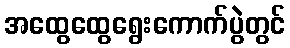
အထွေထွေရွေးကောက်ပွဲတွင်